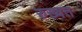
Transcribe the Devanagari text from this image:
रुख्वत